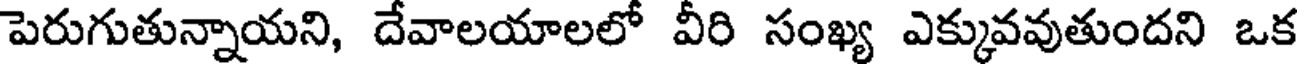
పెరుగుతున్నాయని, దేవాలయాలలో వీరి సంఖ్య ఎక్కువవుతుందని ఒక